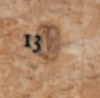
13